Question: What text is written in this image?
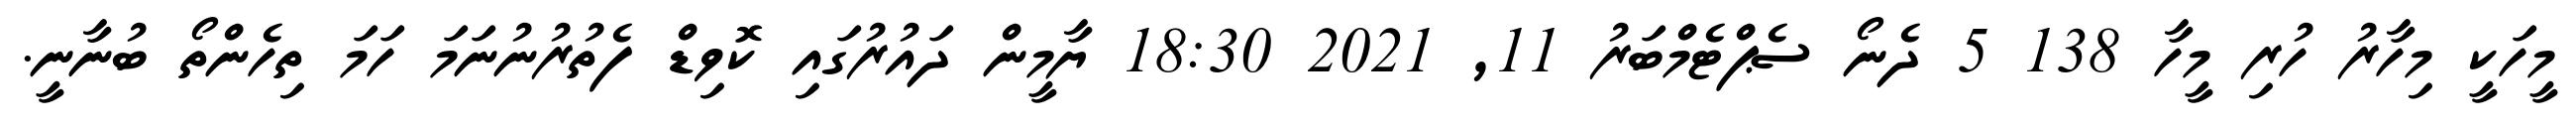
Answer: މީހަކީ މިހާރު ހުރި މީހާ 138 5 ދެނޯ ސެޕްޓެމްބަރު 11, 2021 18:30 ޔާމީން ދައުރުގައި ކޮވިޑް ފެތުރުނުނަމަ ހަމަ ތިހެންތޯ ބުނާނީ.